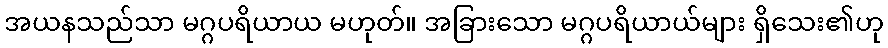
အယနသည်သာ မဂ္ဂပရိယာယ မဟုတ်။ အခြားသော မဂ္ဂပရိယာယ်များ ရှိသေး၏ဟု